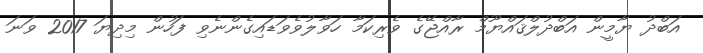
އަބްދު ޔާމީން އަބްދުލްޤައްޔޫމް ރާއްޖޭގެ ވެރިކަމާ ހަވާލުވެވަޑައިގެންނެވި ފަހުން މިދިޔަ 2017 ވަނަ